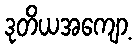
ဒုတိယအကျော့